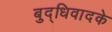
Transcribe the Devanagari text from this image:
बुद्धिवादके